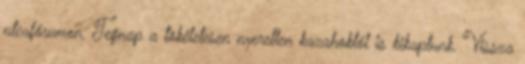
utcafórumon. Tegnap a tökéletesen nyeretlen kazahoktól is kikaptunk. Vissza